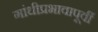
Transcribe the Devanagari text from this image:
गांधीप्रभावापूर्वी